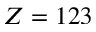
Z = 1 2 3